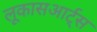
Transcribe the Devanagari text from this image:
लूकासआर्ट्स